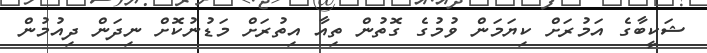
ޝަކީބާގެ އަމުރަށް ކިޔަމަން ވުމުގެ ގޮތުން ތިއާ އިތުރަށް މަޑުނުކޮށް ނިދަން ދިއުމުން